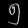
Digit: ၅